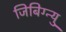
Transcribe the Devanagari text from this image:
जिबिग्न्यु